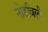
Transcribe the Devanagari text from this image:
नोडविली